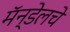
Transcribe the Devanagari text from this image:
मॅन्डेलचे